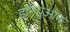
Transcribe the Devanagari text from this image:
डॉनगुआन